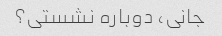
جانی، دوباره نشستی؟